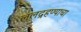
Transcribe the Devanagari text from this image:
ललद्रहण्याचा